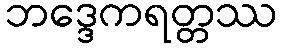
ဘဒ္ဒေကရတ္တဿ